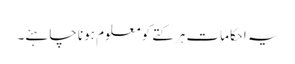
یہ احکامات ہر کتے کو معلوم ہونا چاہئے۔